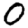
Digit: 0